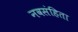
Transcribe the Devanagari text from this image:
नवसंहिता